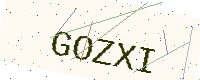
Text: GOZXI